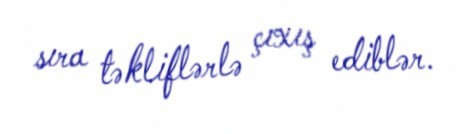
sıra təkliflərlə çıxış ediblər.